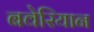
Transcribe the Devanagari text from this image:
बवेरियान